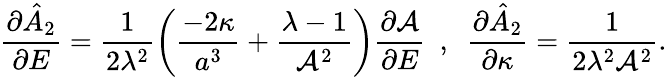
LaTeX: \frac{\partial\hat{A}_{2}}{\partial E}=\frac{1}{2\lambda^{2}}\left(\frac{-2\kappa}{a^{3}}+\frac{\lambda-1}{\mathcal{A}^{2}}\right)\frac{\partial\mathcal{A}}{\partial E}~~,~~\frac{\partial\hat{A}_{2}}{\partial\kappa}=\frac{1}{2\lambda^{2}\mathcal{A}^{2}}.